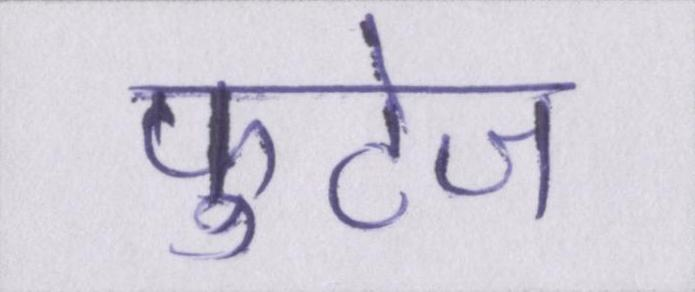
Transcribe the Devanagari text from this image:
फुटेज